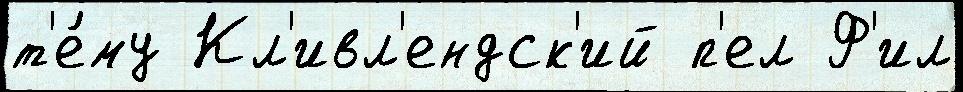
т'е́му Кл'ивл'ендск'ий п'ел Ф'ил